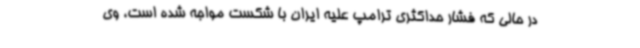
در حالی که فشار حداکثری ترامپ علیه ایران با شکست مواجه شده است، وی